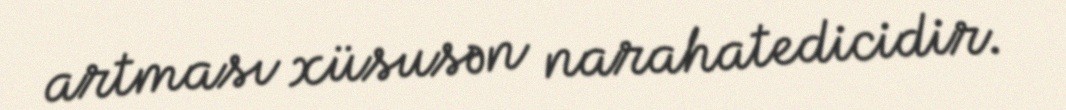
artması xüsusən narahatedicidir.